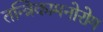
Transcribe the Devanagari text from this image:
तन्त्रिकामनोरोग